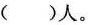
)人。